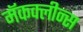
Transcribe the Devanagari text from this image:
मॅकक्लीन्स